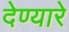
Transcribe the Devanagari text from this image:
देण्यारे